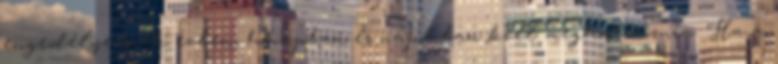
engedélyezőnek évben, hónapban és napokban kell meghatároznia. Ha a